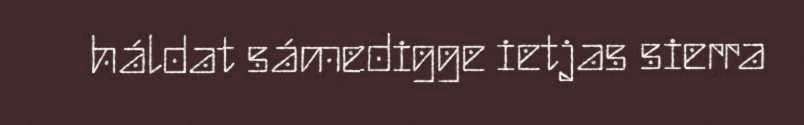
háldat sámedigge ietjas sierra